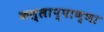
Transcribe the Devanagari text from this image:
कल्लाप्पाण्णा